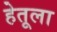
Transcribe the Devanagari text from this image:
हेतूला